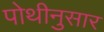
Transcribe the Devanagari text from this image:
पोथीनुसार